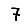
Digit: 7